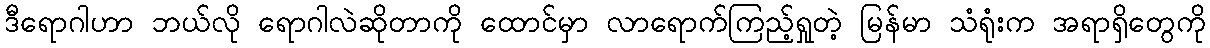
ဒီရောဂါဟာ ဘယ်လို ရောဂါလဲဆိုတာကို ထောင်မှာ လာရောက်ကြည့်ရှုတဲ့ မြန်မာ သံရုံးက အရာရှိတွေကို